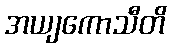
အယျကောသီတိ